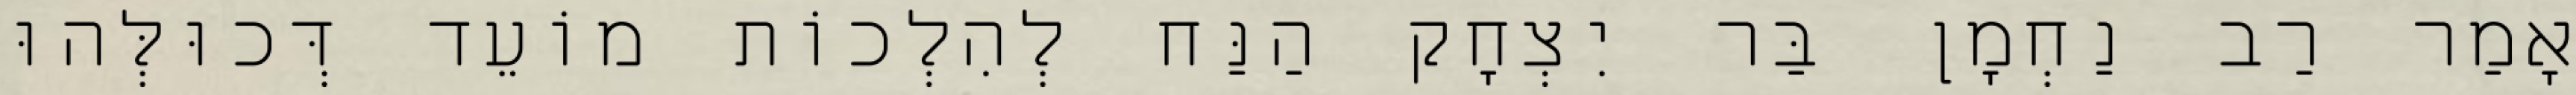
אָמַר רַב נַחְמָן בַּר יִצְחָק הַנַּח לְהִלְכוֹת מוֹעֵד דְּכוּלְּהוּ